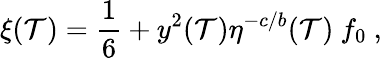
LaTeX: \xi(\mathcal{T})={\frac{{1}}{{6}}}+y^{2}(\mathcal{T})\eta^{-c/b}(\mathcal{T})~f_{0}~,